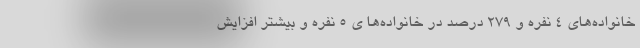
خانواده‌های ۴ نفره و ۲۷۹ درصد در خانواده‌ها ی ۵ نفره و بیشتر افزایش